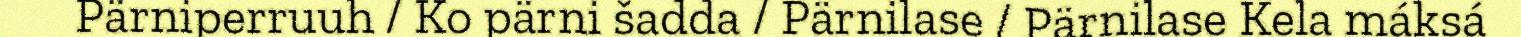
Pärniperruuh / Ko pärni šadda / Pärnilase / Pärnilase Kela máksá